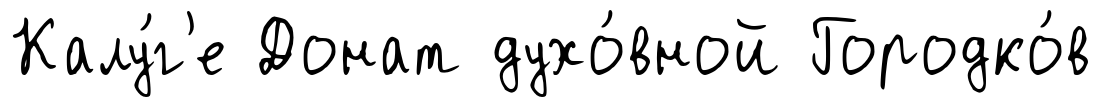
Калу́г'е Донат духо́вной Городко́в